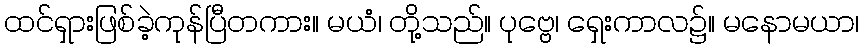
ထင်ရှားဖြစ်ခဲ့ကုန်ပြီတကား။ မယံ၊ တို့သည်။ ပုဗ္ဗေ၊ ရှေးကာလ၌။ မနောမယာ၊